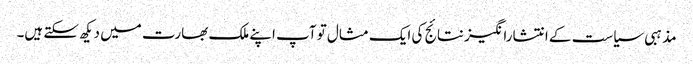
مذہبی سیاست کے انتشارانگیز نتائج کی ایک مثال تو آپ اپنے ملک بھارت میں دیکھ سکتے ہیں۔